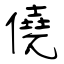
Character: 僥